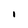
Character: 1